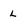
Character: l